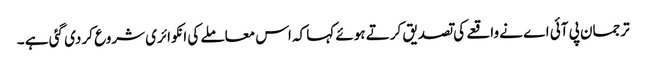
ترجمان پی آئی اے نے واقعے کی تصدیق کرتے ہوئے کہا کہ اس معاملے کی انکوائری شروع کر دی گئی ہے ۔